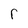
Character: r